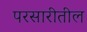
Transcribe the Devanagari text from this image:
परसारीतील